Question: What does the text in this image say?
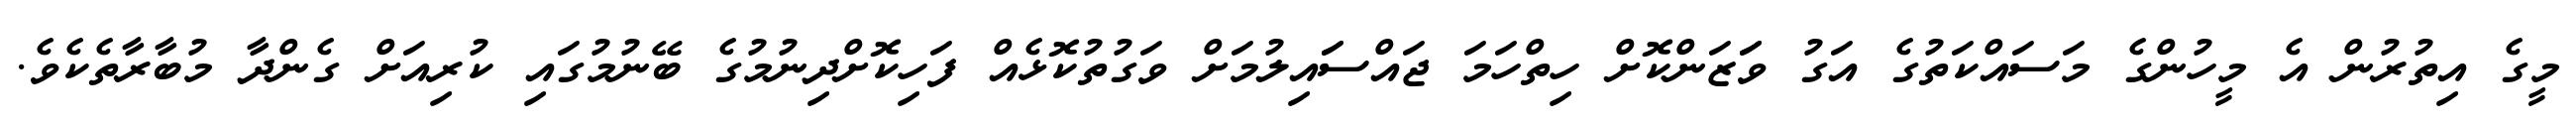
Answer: މީގެ އިތުރުން އެ މީހުންގެ މަސައްކަތުގެ އަގު ވަަޒަންކޮށް ހިތްހަމަ ޖައްސަައިލުމަށް ވަގުތުކޮޅެއް ފަހިކޮށްދިނުމުގެ ބޭނުމުގައި ކުރިއަށް ގެންދާ މުބާރާތެކެވެ.